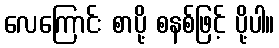
လေကြောင်း စာပို့ စနစ်ဖြင့် ပို့ပါ။